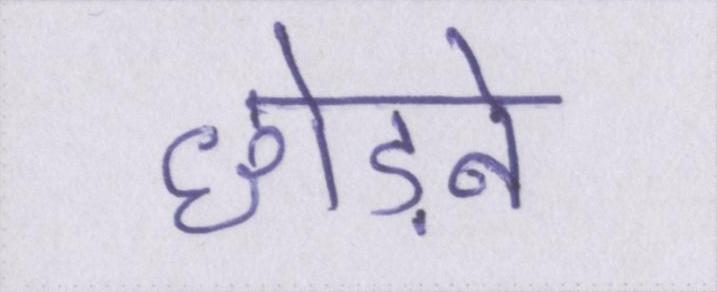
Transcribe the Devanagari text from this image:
छोड़ने